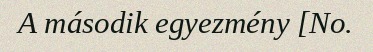
A második egyezmény [No.